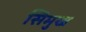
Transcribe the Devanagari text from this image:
सिमुख